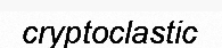
cryptoclastic